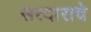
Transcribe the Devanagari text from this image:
सरदाराचे